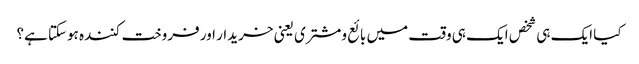
کیا ایک ہی شخص ایک ہی وقت میں بائع ومشتری یعنی خریدار اور فروخت کنندہ ہوسکتا ہے؟